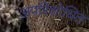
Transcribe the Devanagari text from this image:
अपरिशोधित